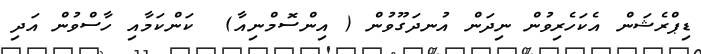
ޑިޕްރެޝަން އެކަހެރިވުން ނިދަން އުނދަގޫވުން ( އިންސޮމްނިއާ)  ކަންކަމާއި ހާސްވުން އަދި